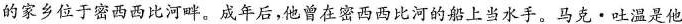
的家乡位于密西西比河畔。成年后，他曾在密西西比河的船上当水手。马克·吐温是他